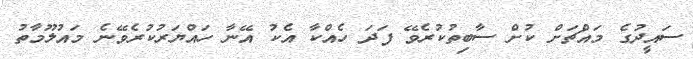
ސައީދުގެ މައްޗަށް ކުށް ސާބިތުކުރެވޭ ފަދަ ހެއްކާ އެކު އޭނާ ހައްޔަރުކުރެވޭނެ މައުލޫމާތު